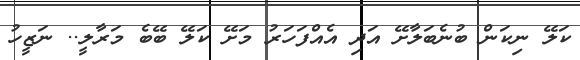
ކަލޭ ނިކަން ބުނެބަލާށޭ އަދި އެއްފަހަރު މަށޭ ކަލޭ ބޭބެ މަރާލީ.. ނަޒީހު